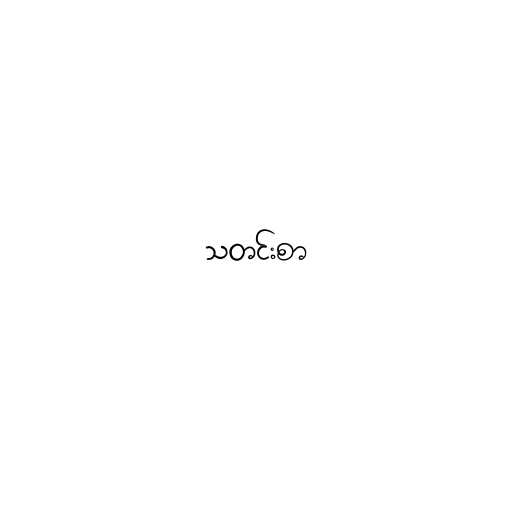
သတင်းစာ